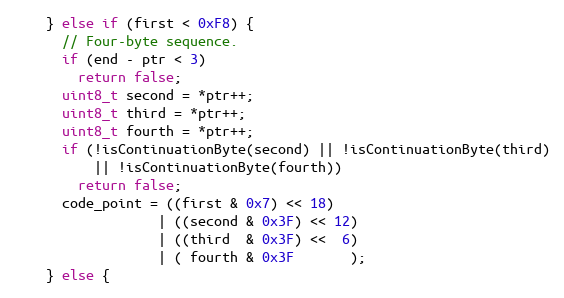
Language: C++
    } else if (first < 0xF8) {
      // Four-byte sequence.
      if (end - ptr < 3)
        return false;
      uint8_t second = *ptr++;
      uint8_t third = *ptr++;
      uint8_t fourth = *ptr++;
      if (!isContinuationByte(second) || !isContinuationByte(third)
          || !isContinuationByte(fourth))
        return false;
      code_point = ((first & 0x7) << 18)
                  | ((second & 0x3F) << 12)
                  | ((third  & 0x3F) <<  6)
                  | ( fourth & 0x3F       );
    } else {